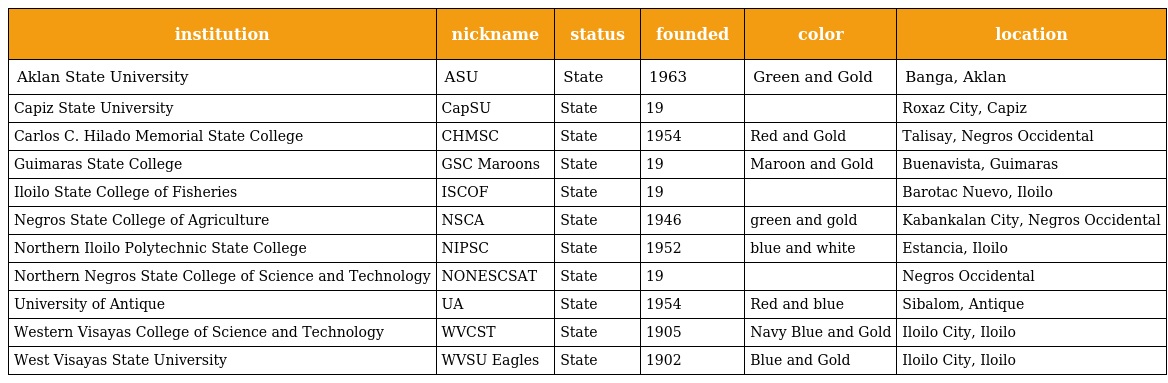
| institution | nickname | status | founded | color | location |
 | --- | --- | --- | --- | --- | --- |
 | Aklan State University | ASU | State | 1963 | Green and Gold | Banga, Aklan |
 | Capiz State University | CapSU | State | 19 |  | Roxaz City, Capiz |
 | Carlos C. Hilado Memorial State College | CHMSC | State | 1954 | Red and Gold | Talisay, Negros Occidental |
 | Guimaras State College | GSC Maroons | State | 19 | Maroon and Gold | Buenavista, Guimaras |
 | Iloilo State College of Fisheries | ISCOF | State | 19 |  | Barotac Nuevo, Iloilo |
 | Negros State College of Agriculture | NSCA | State | 1946 | green and gold | Kabankalan City, Negros Occidental |
 | Northern Iloilo Polytechnic State College | NIPSC | State | 1952 | blue and white | Estancia, Iloilo |
 | Northern Negros State College of Science and Technology | NONESCSAT | State | 19 |  | Negros Occidental |
 | University of Antique | UA | State | 1954 | Red and blue | Sibalom, Antique |
 | Western Visayas College of Science and Technology | WVCST | State | 1905 | Navy Blue and Gold | Iloilo City, Iloilo |
 | West Visayas State University | WVSU Eagles | State | 1902 | Blue and Gold | Iloilo City, Iloilo |